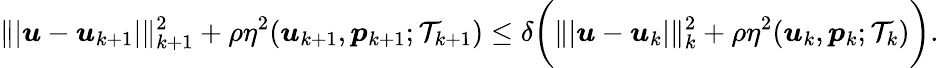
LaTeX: \| \vert\boldsymbol{u}-\boldsymbol{u}_{k+1}\vert\| _{k+1}^{2}+\rho\eta^{2}(\boldsymbol{u}_{k+1},\boldsymbol{p}_{k+1};\mathcal{T}_{k+1})\leq\delta\bigg(\| \vert\boldsymbol{u}-\boldsymbol{u}_{k}\vert\| _{k}^{2}+\rho\eta^{2}(\boldsymbol{u}_{k},\boldsymbol{p}_{k};\mathcal{T}_{k})\bigg).